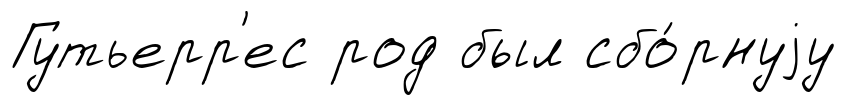
Гутьерр'ес род был сбо́рнуjу